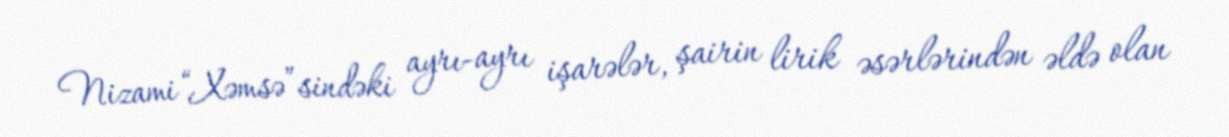
Nizami “Xəmsə”sindəki ayrı-ayrı işarələr, şairin lirik əsərlərindən əldə olan